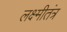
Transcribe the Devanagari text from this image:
लक्ष्मीतंत्र